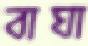
বাঘা